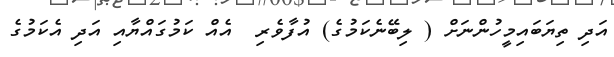
އަދި ތިޔަބައިމީހުންނަށް ( ލިބޭނެކަމުގެ) އުފާވެރި  އެއް ކަމުގައްޔާއި އަދި އެކަމުގެ